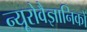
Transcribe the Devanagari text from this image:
न्यूरोवैज्ञानिकों